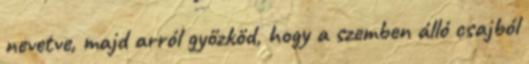
nevetve, majd arról győzköd, hogy a szemben álló csajból